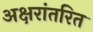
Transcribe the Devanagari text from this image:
अक्षरांतरित